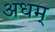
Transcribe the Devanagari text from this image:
अधम्